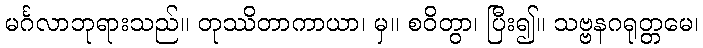
မင်္ဂလာဘုရားသည်။ တုဿိတာကာယာ၊ မှ။ စဝိတွာ၊ ပြီး၍။ သဗ္ဗနဂရုတ္တမေ၊